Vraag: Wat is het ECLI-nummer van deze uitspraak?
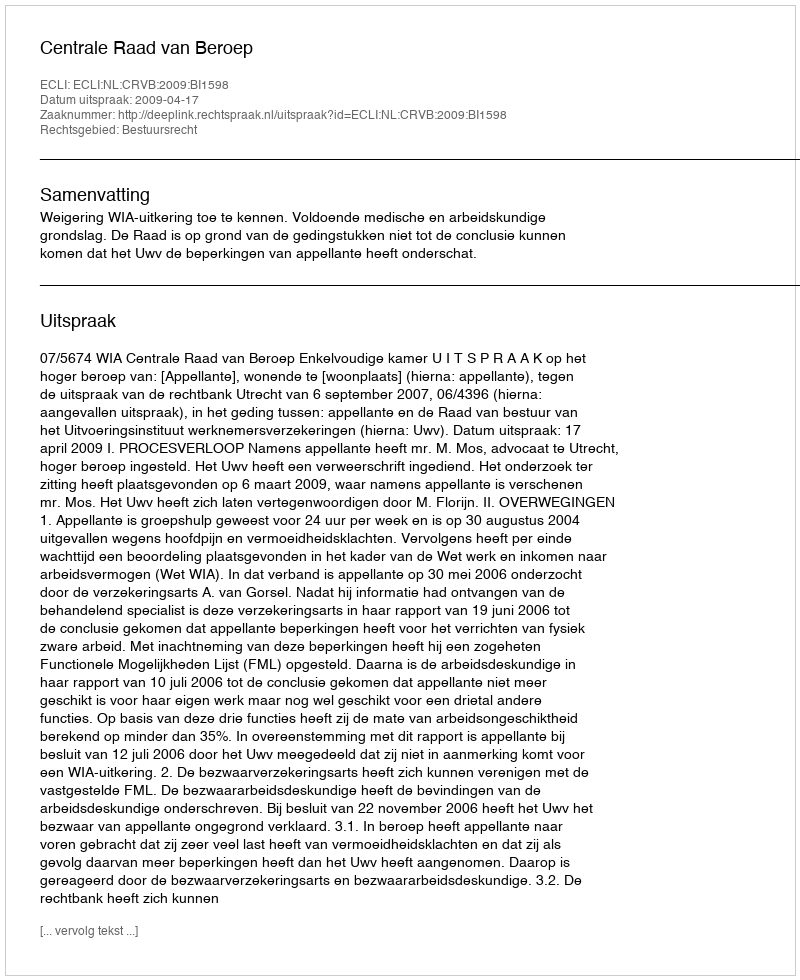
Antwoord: ECLI:NL:CRVB:2009:BI1598